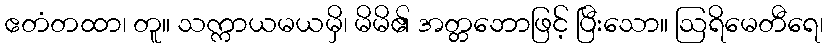
ဧတံတထာ၊ တူ။ သက္ကာယမယမှိ၊ မိမိ၏ အတ္တဘောဖြင့် ပြီးသော။ ဩရိမေတီရေ၊